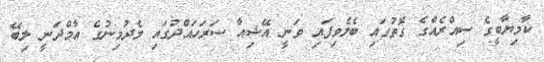
ކާމިޔާބީގެ ސިއްރެއްގެ ގޮތުގައި ބެލެވިފައި ވަނީ އޭޝިއާ ސަރަހައްދުގައި މެދުމިނުގެ އާމްދަނީ ލިބޭ